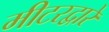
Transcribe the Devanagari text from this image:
मीटरद्वारे